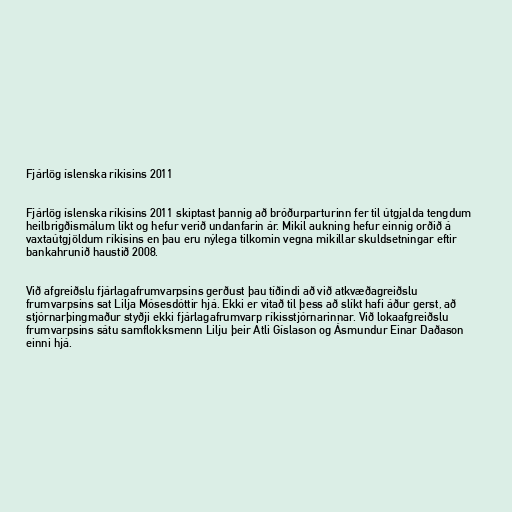
Fjárlög íslenska ríkisins 2011

Fjárlög íslenska ríkisins 2011 skiptast þannig að bróðurparturinn fer til útgjalda tengdum
heilbrigðismálum líkt og hefur verið undanfarin ár. Mikil aukning hefur einnig orðið á
vaxtaútgjöldum ríkisins en þau eru nýlega tilkomin vegna mikillar skuldsetningar eftir
bankahrunið haustið 2008.

Við afgreiðslu fjárlagafrumvarpsins gerðust þau tíðindi að við atkvæðagreiðslu
frumvarpsins sat Lilja Mósesdóttir hjá. Ekki er vitað til þess að slíkt hafi áður gerst, að
stjórnarþingmaður styðji ekki fjárlagafrumvarp ríkisstjórnarinnar. Við lokaafgreiðslu
frumvarpsins sátu samflokksmenn Lilju þeir Atli Gíslason og Ásmundur Einar Daðason
einni hjá.